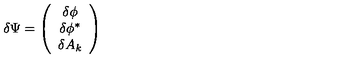
\delta \Psi = \left( \begin{array} { c } { \delta \phi } \\ { \delta \phi ^ { \ast } } \\ { \delta A _ { k } } \\ \end{array} \right)